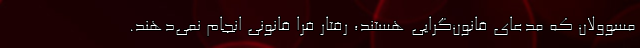
مسوولان که مدعای قانون‌گرایی هستند، رفتار فرا قانونی انجام نمی‌دهند.